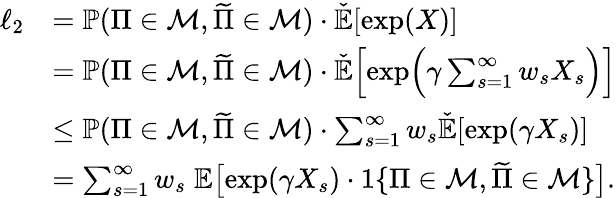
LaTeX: \begin{array}{rl}{\ell_{2}}&{=\mathbb{P}(\Pi\in{\cal M},\widetilde{\Pi}\in{\cal M})\cdot\check{\mathbb{E}}[\exp(X)]}\\ &{=\mathbb{P}(\Pi\in{\cal M},\widetilde{\Pi}\in{\cal M})\cdot\check{\mathbb{E}}\Bigl[\exp\Bigl(\gamma\sum_{s=1}^{\infty}w_{s}X_{s}\Bigr)\Bigr]}\\ &{\leq\mathbb{P}(\Pi\in{\cal M},\widetilde{\Pi}\in{\cal M})\cdot\sum_{s=1}^{\infty}w_{s}\check{\mathbb{E}}[\exp(\gamma X_{s})]}\\ &{=\sum_{s=1}^{\infty}w_{s}\; \mathbb{E}\bigl[\exp(\gamma X_{s})\cdot 1\{ \Pi\in{\cal M},\widetilde{\Pi}\in{\cal M}\} \bigr].}\end{array}